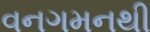
વનગમનથી